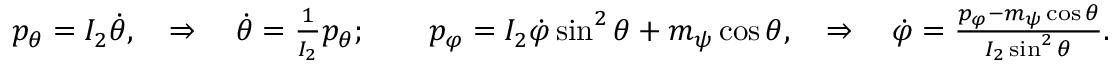
\begin{array} { r } { p _ { \theta } = I _ { 2 } \dot { \theta } , \quad \Rightarrow \quad \dot { \theta } = \frac { 1 } { I _ { 2 } } p _ { \theta } ; \qquad p _ { \varphi } = I _ { 2 } \dot { \varphi } \sin ^ { 2 } \theta + m _ { \psi } \cos \theta , \quad \Rightarrow \quad \dot { \varphi } = \frac { p _ { \varphi } - m _ { \psi } \cos \theta } { I _ { 2 } \sin ^ { 2 } \theta } . } \end{array}